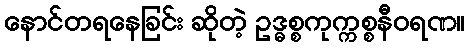
နောင်တရနေခြင်း ဆိုတဲ့ ဥဒ္ဓစ္စကုက္ကစ္စနီဝရဏ။